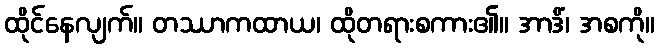
ထိုင်နေလျက်။ တဿာကထာယ၊ ထိုတရားစကား၏။ အာဒိံ၊ အစကို။